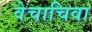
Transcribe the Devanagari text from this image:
वेचाचिवा